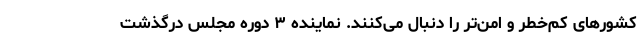
کشورهای کم‌خطر و امن‌تر را دنبال می‌کنند. نماینده ۳ دوره مجلس درگذشت